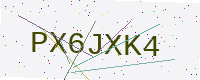
Text: PX6JXK4